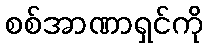
စစ်အာဏာရှင်ကို